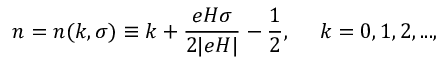
n = n ( k , \sigma ) \equiv k + \frac { e H \sigma } { 2 | e H | } - \frac { 1 } { 2 } , ~ ~ ~ ~ k = 0 , 1 , 2 , . . . ,